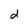
Character: d